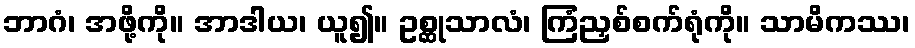
ဘာဂံ၊ အဖို့ကို။ အာဒါယ၊ ယူ၍။ ဥစ္ဆုသာလံ၊ ကြံညှစ်စက်ရုံကို။ သာမိကဿ၊